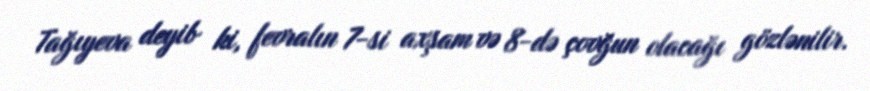
Tağıyeva deyib ki, fevralın 7-si axşam və 8-də çovğun olacağı gözlənilir.